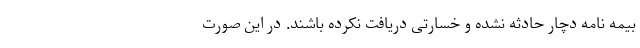
بیمه نامه دچار حادثه نشده و خسارتی دریافت نکرده باشند. در این صورت